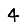
Digit: 4